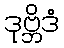
ဒုဗ္ဘိဒံ